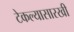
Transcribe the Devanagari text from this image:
टेकल्यासारखी